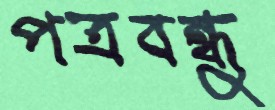
পত্রবন্ধু